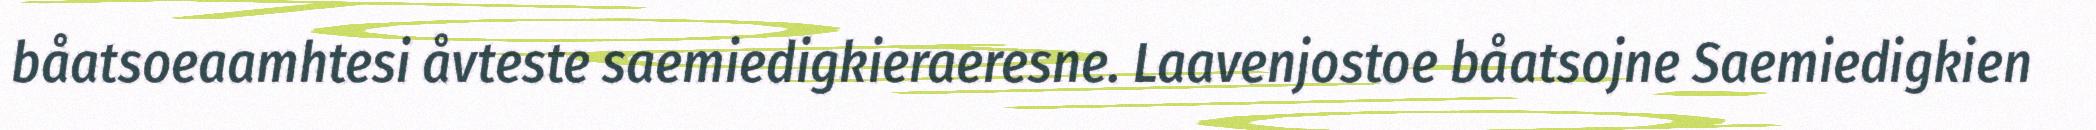
båatsoeaamhtesi åvteste saemiedigkieraeresne. Laavenjostoe båatsojne Saemiedigkien